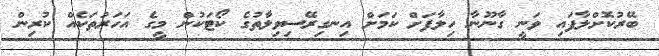
ބޭރުކޮށްލާފައި ވަނީ ގާނޫނާ ހިލާފަށް ކަމަށް އިނގިރޭސިވިލާތުގެ ކޯޓަކުން މީގެ އަހަރުތަކެއް ކުރިން